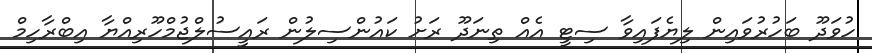
ހުވަދޫ ބަހުރުވައިން ލިޔެފައިވާ ސިޓީ އެއް ތިނަދޫ ރަށު ކައުންސިލުން ރައީސުލްޖުމްހޫރިއްޔާ އިބްރާހިމް